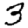
Digit: 3